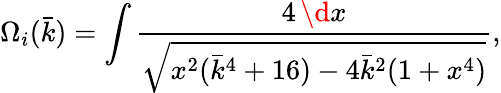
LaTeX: \Omega_{i}(\bar{k})=\int\frac{4\, \d x}{\sqrt{x^{2}(\bar{k}^{4}+16)-4\bar{k}^{2}(1+x^{4})}},